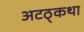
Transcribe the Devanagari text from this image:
अटठ्कथा